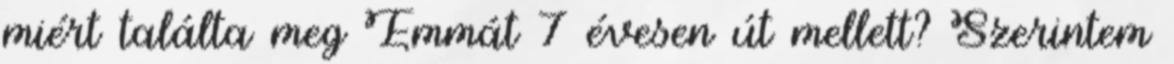
miért találta meg Emmát 7 évesen út mellett? Szerintem